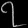
Digit: ၇